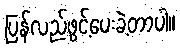
ပြန်လည်ဖွင့်ပေးခဲ့တာပါ။